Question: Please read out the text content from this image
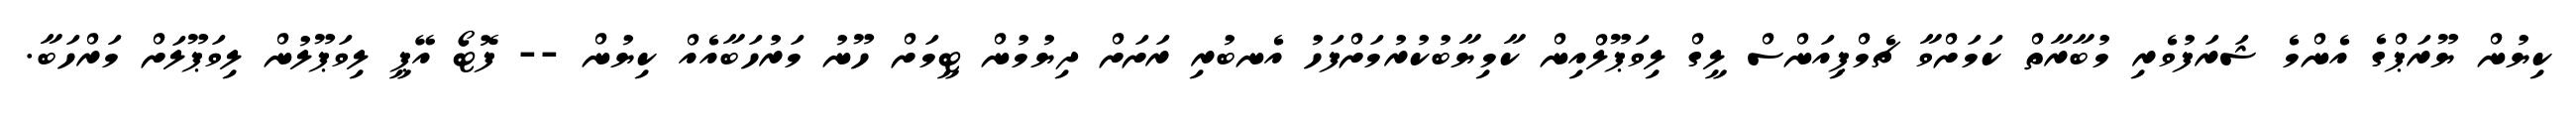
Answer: ކިޔުން ޔޫރަޕްގެ އެންމެ ޝަރަފުވެރި މުބާރާތް ކަމަށްވާ ޗެމްޕިއަންސް ލީގް ލިވަޕޫލްއިން ކާމިޔާބުކުރުމަށްފަހު އެނބުރި ރަށަށް ދިޔުމުން ޓީމަށް ހޫނު މަރުހަބާއެއް ކިޔުން -- ފޮޓޯ އޭޕީ ލިވަޕޫލުން ލިވަޕޫލަށް މަރްހަބާ.